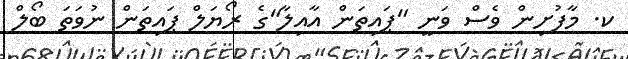
ކ. މާފުށިން ވެސް ވަނީ "ޕައިތަން އާއިލާ"ގެ ރޯޔަލް ޕައިތަން ނުވަތަ ބޯލް